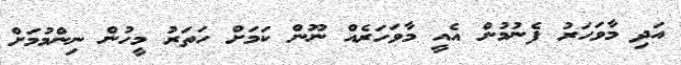
އަދި މާވަހަރު ފެނުމުން އެއީ މާވަހަރެއް ނޫން ކަމަށް ހަތަރު މީހުން ނިންމުމަށް